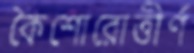
কৈশোরোত্তীর্ণ